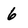
Character: 6